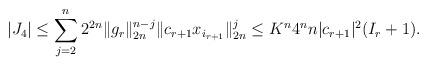
LaTeX: \begin{align*}|J_4|\leq \sum_{j=2}^{n}2^{2n}\|g_r\|_{2n}^{n-j}\|c_{r+1}x_{i_{r+1}}\|_{2n}^j\leq K^n 4^nn|c_{r+1}|^2(I_r+1).\end{align*}